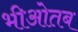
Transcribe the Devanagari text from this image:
भीओतब